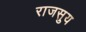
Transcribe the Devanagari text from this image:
राजसुय